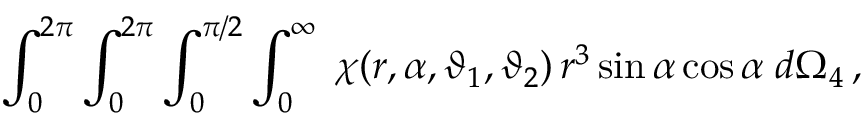
\int _ { 0 } ^ { 2 \pi } \int _ { 0 } ^ { 2 \pi } \int _ { 0 } ^ { \pi / 2 } \int _ { 0 } ^ { \infty } \; \chi ( r , \alpha , \vartheta _ { 1 } , \vartheta _ { 2 } ) \, r ^ { 3 } \sin \alpha \cos \alpha \; d \Omega _ { 4 } \, ,